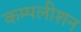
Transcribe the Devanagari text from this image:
कम्पलीशन